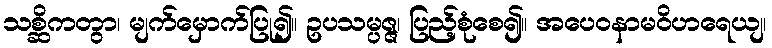
သစ္ဆိကတွာ၊ မျက်မှောက်ပြု၍။ ဥပသမ္ပဇ္ဇ၊ ပြည့်စုံစေ၍။ အပေဝနာမဝိဟရေယျ၊